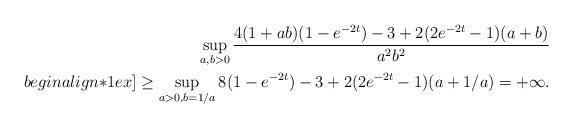
LaTeX: \begin{align*} \sup_{a,b>0} \frac{4(1+ab)(1-e^{-2t}) - 3 + 2(2e^{-2t}-1) (a+b)}{a^2 b^2} \\begin{align*}1ex] \ge \sup_{a>0, b=1/a} 8(1-e^{-2t}) - 3 + 2(2e^{-2t}-1) (a+1/a) = +\infty.\end{align*}